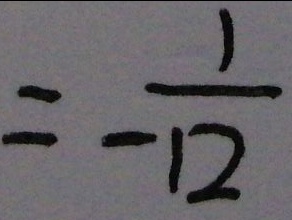
= \frac { 1 } { - 1 2 }